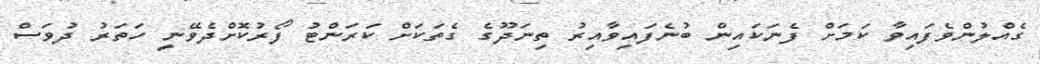
ގެއްލުންވެފައިވާ ކަމަށް ފެނަކައިން ބުނެފައިވާއިރު ތިނަދޫގެ ގެތަކަށް ކަރަންޓު ފޯރުކޮށްދެވޭނީ ހަތަރު ދުވަސް